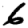
Digit: 6